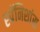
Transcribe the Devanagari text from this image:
स्पॅनिशांस